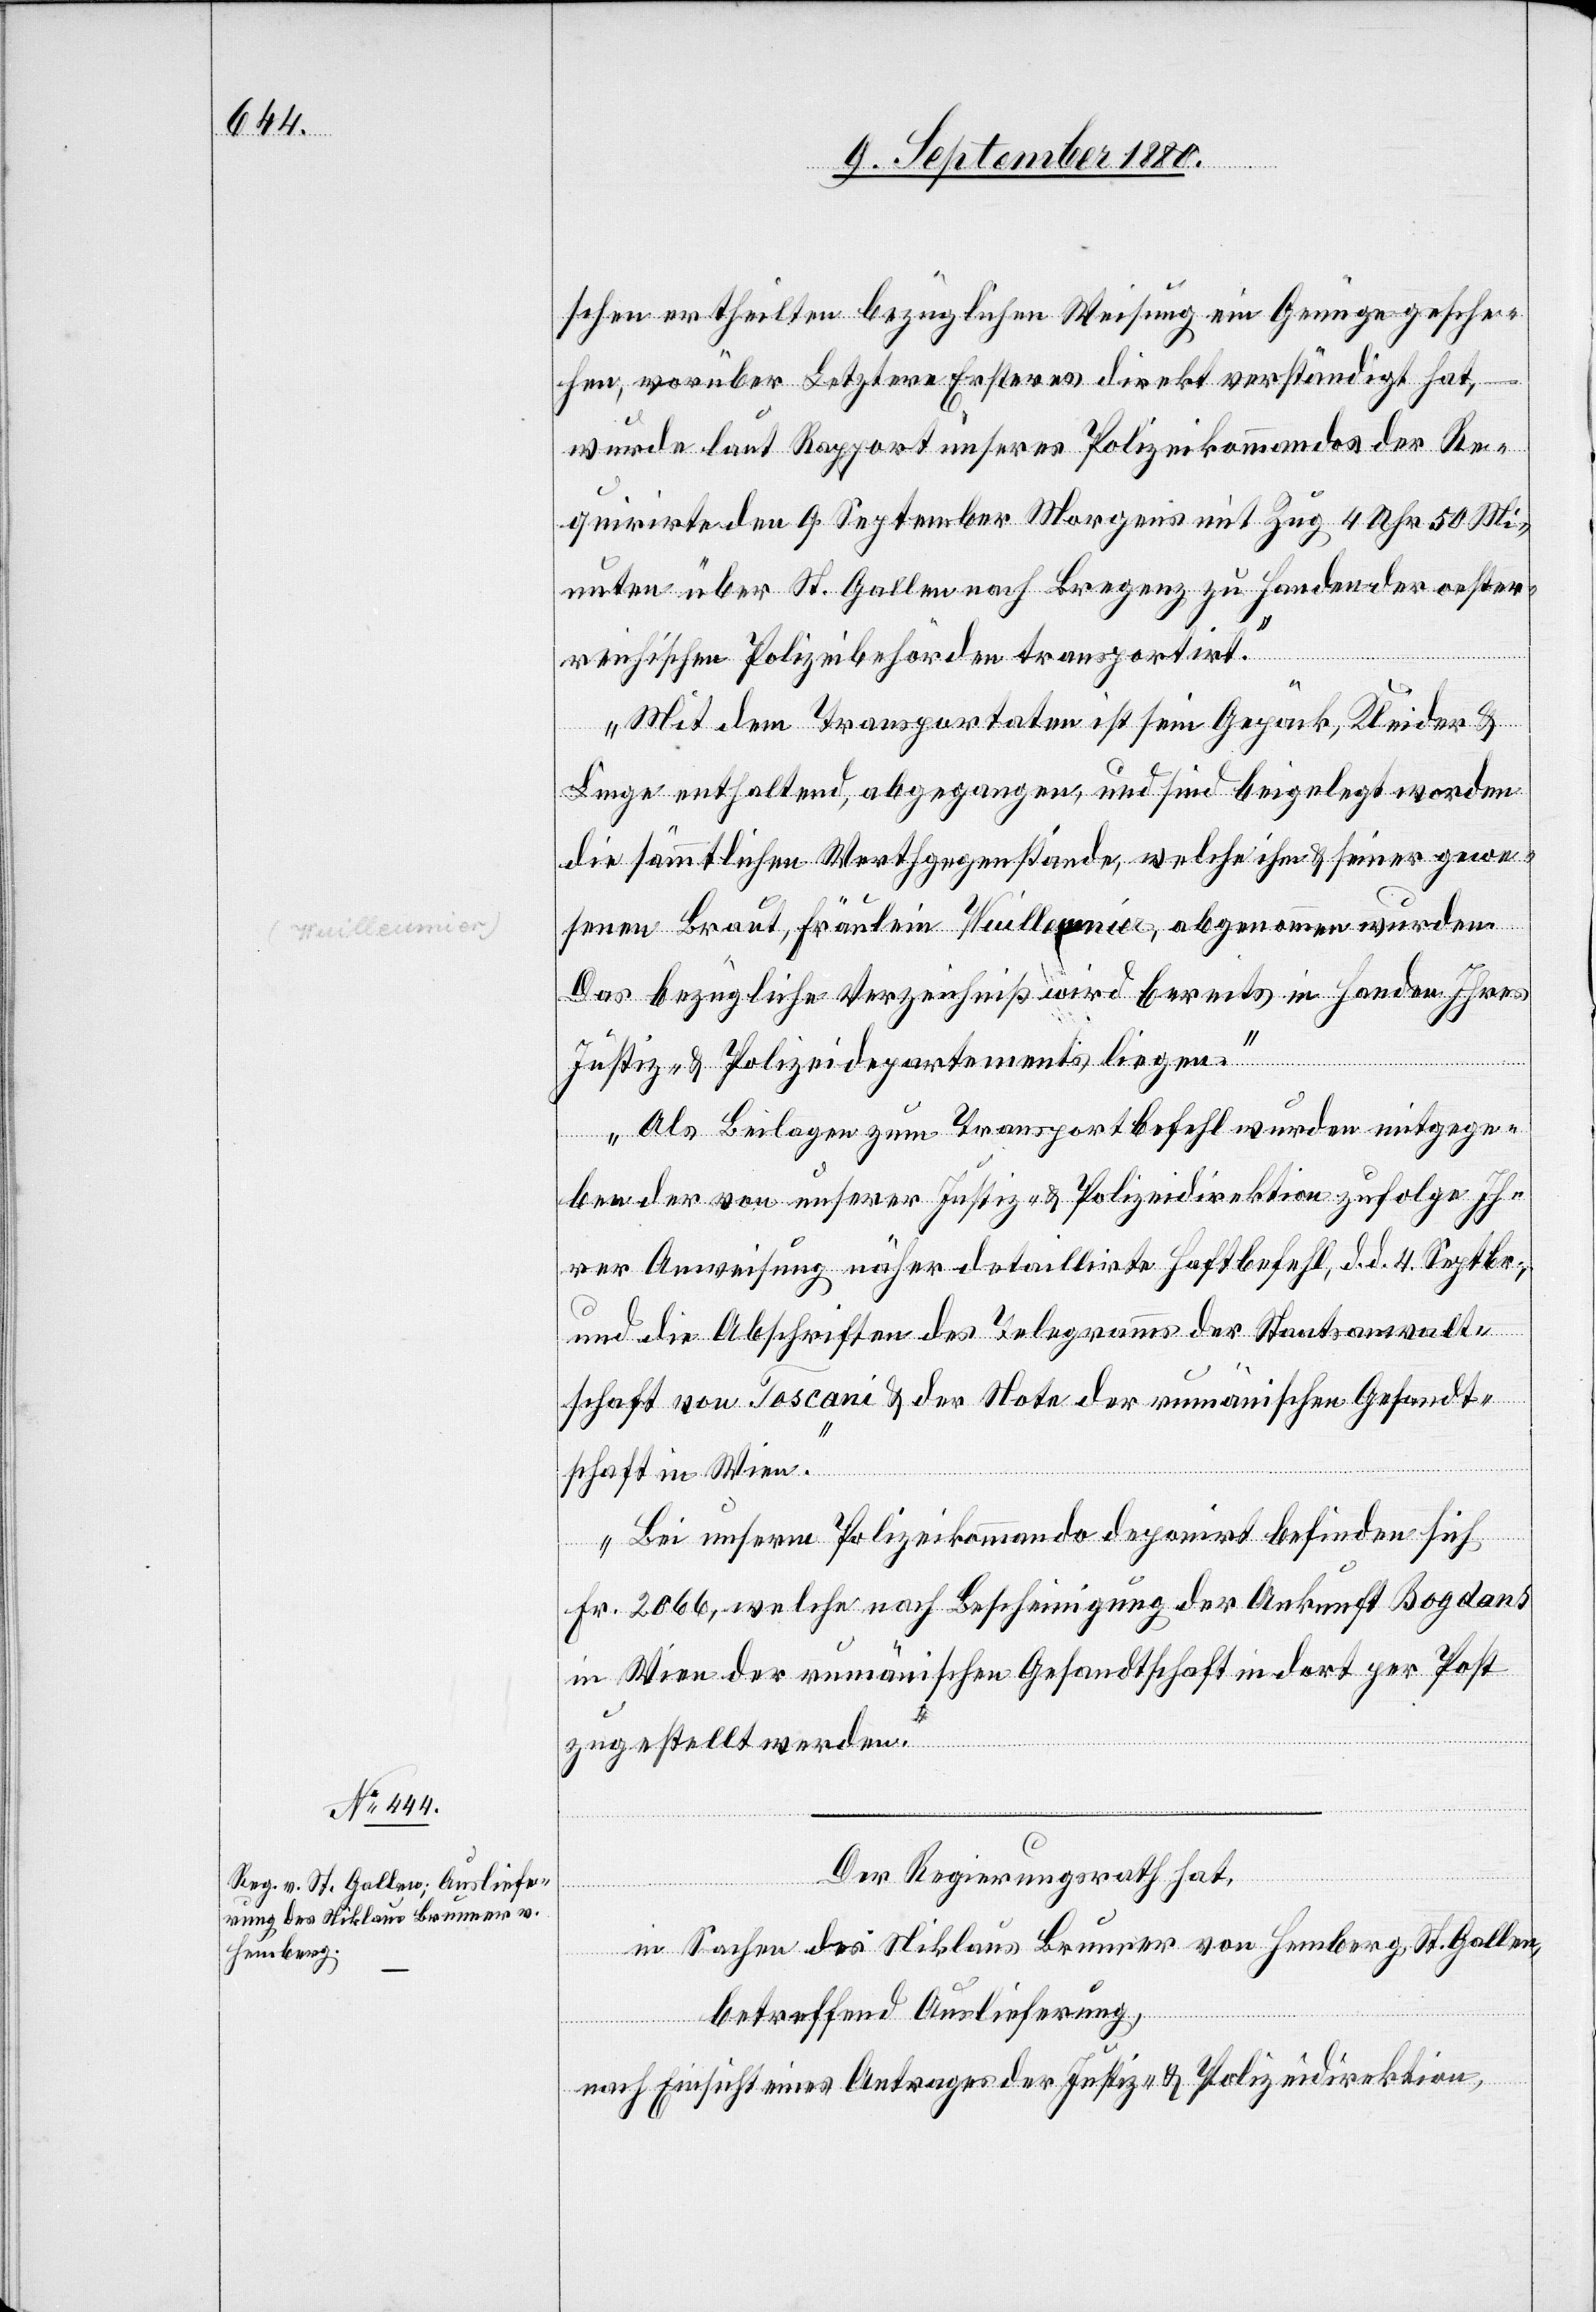
schen ertheilten bezüglichen Weisung ein Genüge gesche¬
hen, worüber Letztere Ersteres direkt verständigt hat,
wurden laut Rapport unseres Polizeikommandos der Re¬
quirirte den 9. September Morgens mit Zug 4 Uhr 50 Mi¬
nuten über St. Gallen nach Bregenz zu Handen der oester¬
reichischen Polizeibehörden transportirt.
Mit dem Transportaten ist sein Gepäck, Kleider &
Linge enthaltend, abgegangen, und sind beigelegt worden
die sämmtlichen Werthgegenstände, welche ihm & seiner gewe¬
senen Braut, Fräulein Veulleimier, abgenommen wurden.
Das bezügliche Verzeichniß wird bereits in Handen Ihrer
Als Beilagen zum Transportbefehl wurden mitgege¬
ben der von unserer Justiz- & Polizeidirektion zufolge Ih¬
rer Anweisung näher detaillirte Haftbefehl, d. d. 4. Septbr.,
und die Abschriften des Telegramms der Staatsanwalt¬
schaft von Toscani & der Note der rumänischen Gesandt¬
liegen.
schaft in Wien.
Bei unserm Polizeikommando deponirt befinden sich
Fr. 2066, welche nach Bescheinigung der Ankunft Bogdans
in Wien der rumänischen Gesandtschaft in dort per Post
zugestellt werden.“
Der Regierungsrath hat,
in Sachen des Niklaus Brunner von Hemberg, St. Gallen,
betreffend Auslieferung,
nach Einsicht eines Antrages der Justiz- & Polizeidirektion,